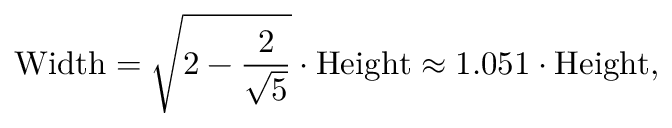
{ \mathrm { W i d t h } } = { \sqrt { 2 - { \frac { 2 } { \sqrt { 5 } } } } } \cdot { \mathrm { H e i g h t } } \approx 1 . 0 5 1 \cdot { \mathrm { H e i g h t } } ,